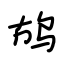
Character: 鸪